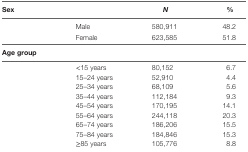
<table><thead><tr><td><b>Sex</b></td><td></td><td><b><i>N</i></b></td><td><b>%</b></td></tr></thead><tbody><tr><td></td><td>Male</td><td>580,911</td><td>48.2</td></tr><tr><td></td><td>Female</td><td>623,585</td><td>51.8</td></tr><tr><td colspan="4"><b>Age group</b></td></tr><tr><td></td><td>&lt;15 years</td><td>80,152</td><td>6.7</td></tr><tr><td></td><td>15–24 years</td><td>52,910</td><td>4.4</td></tr><tr><td></td><td>25–34 years</td><td>68,109</td><td>5.6</td></tr><tr><td></td><td>35–44 years</td><td>112,184</td><td>9.3</td></tr><tr><td></td><td>45–54 years</td><td>170,195</td><td>14.1</td></tr><tr><td></td><td>55–64 years</td><td>244,118</td><td>20.3</td></tr><tr><td></td><td>65–74 years</td><td>186,206</td><td>15.5</td></tr><tr><td></td><td>75–84 years</td><td>184,846</td><td>15.3</td></tr><tr><td></td><td>≥85 years</td><td>105,776</td><td>8.8</td></tr></tbody></table>